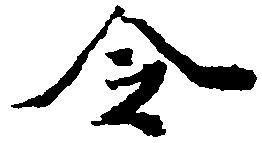
令